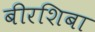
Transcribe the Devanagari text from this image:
बीरशिबा